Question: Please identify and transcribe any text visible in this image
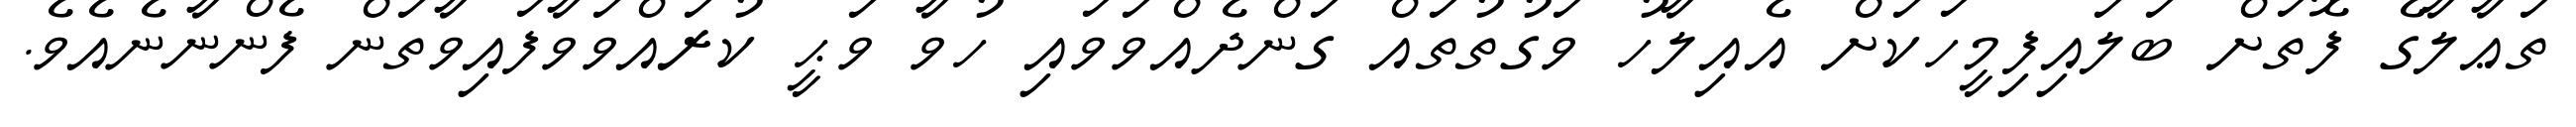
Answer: ތަޢާލާގެ ފޮތަށް ބަލައިފިމީހަކަށް އެއިލާހު ވަގުތުތައް ގަންދެއްވަވައި ހުވާ ވަޙީ ކުރައްވަވާފައިވާތަން ފެންނާނެއެވެ.